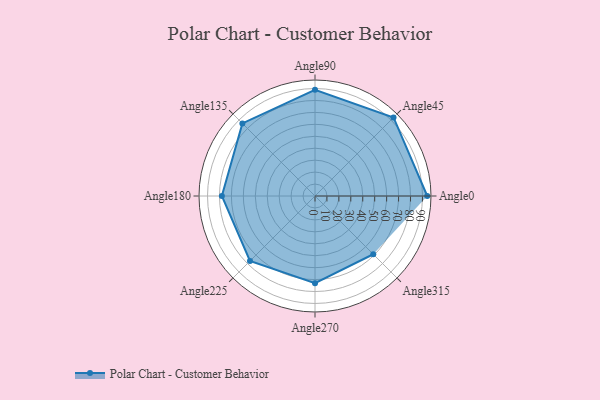
{"axis": {"x": "Angle", "y": "Radius"}, "legend": [""], "data": [{"x": "Angle0", "y": 94.0, "type": ""}, {"x": "Angle45", "y": 93.0, "type": ""}, {"x": "Angle90", "y": 89.0, "type": ""}, {"x": "Angle135", "y": 86.0, "type": ""}, {"x": "Angle180", "y": 78.0, "type": ""}, {"x": "Angle225", "y": 77.0, "type": ""}, {"x": "Angle270", "y": 73.0, "type": ""}, {"x": "Angle315", "y": 69.0, "type": ""}]}